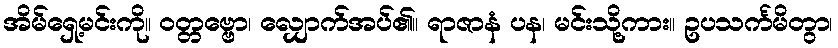
အိမ်ရှေ့မင်းကို။ ဝတ္တဗ္ဗော၊ လျှောက်အပ်၏။ ရာဇာနံ ပန၊ မင်းသို့ကား။ ဥပသင်္ကမိတွာ၊